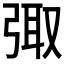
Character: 𪪿